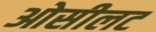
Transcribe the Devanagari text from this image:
ओसीलट